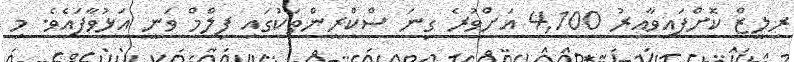
ރިލީޒް ކޮށްފައިވާއިރު 4